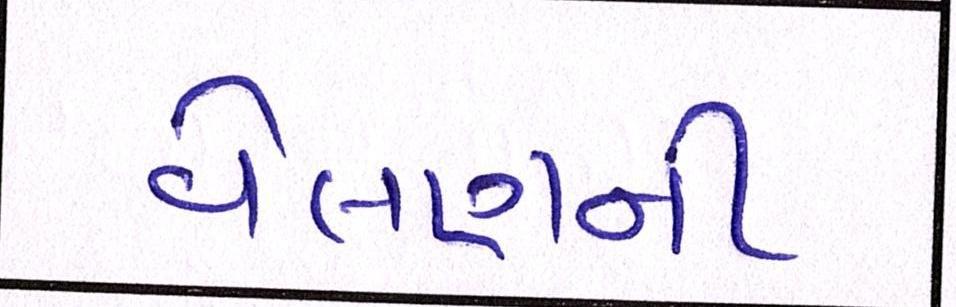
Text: વેલણની